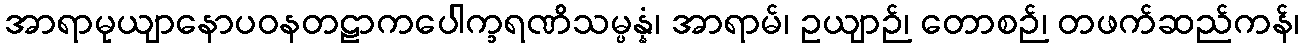
အာရာမုယျာနောပဝနတဠာကပေါက္ခရဏိသမ္ပန္နံ၊ အာရာမ်၊ ဥယျာဉ်၊ တောစဉ်၊ တဖက်ဆည်ကန်၊